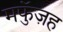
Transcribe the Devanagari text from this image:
मफुॅज़ह